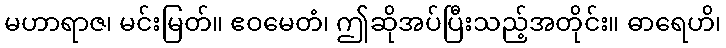
မဟာရာဇ၊ မင်းမြတ်။ ဧဝမေတံ၊ ဤဆိုအပ်ပြီးသည့်အတိုင်း။ ဓာရေဟိ၊